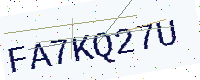
Text: FA7KQ27U